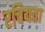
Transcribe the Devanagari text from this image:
रचियता